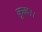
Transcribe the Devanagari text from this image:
कूळ।।